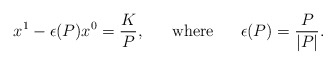
\begin{align*}x^1 - \epsilon (P)x^0 =\frac{K}{P},~~~~~\mbox{where}~~~~~ \epsilon (P) =\frac{P}{|P|}.\end{align*}